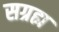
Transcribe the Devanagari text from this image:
सग्रह्य